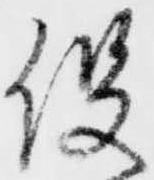
役